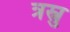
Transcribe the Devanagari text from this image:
त्रस्नु